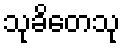
သုခိတေသု